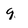
Character: 9